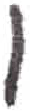
אות: ו